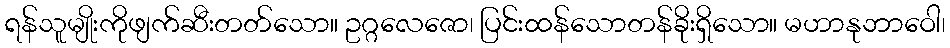
ရန်သူမျိုးကိုဖျက်ဆီးတတ်သော။ ဥဂ္ဂလေဇော၊ ပြင်းထန်သောတန်ခိုးရှိသော။ မဟာနုဘာဝေါ၊